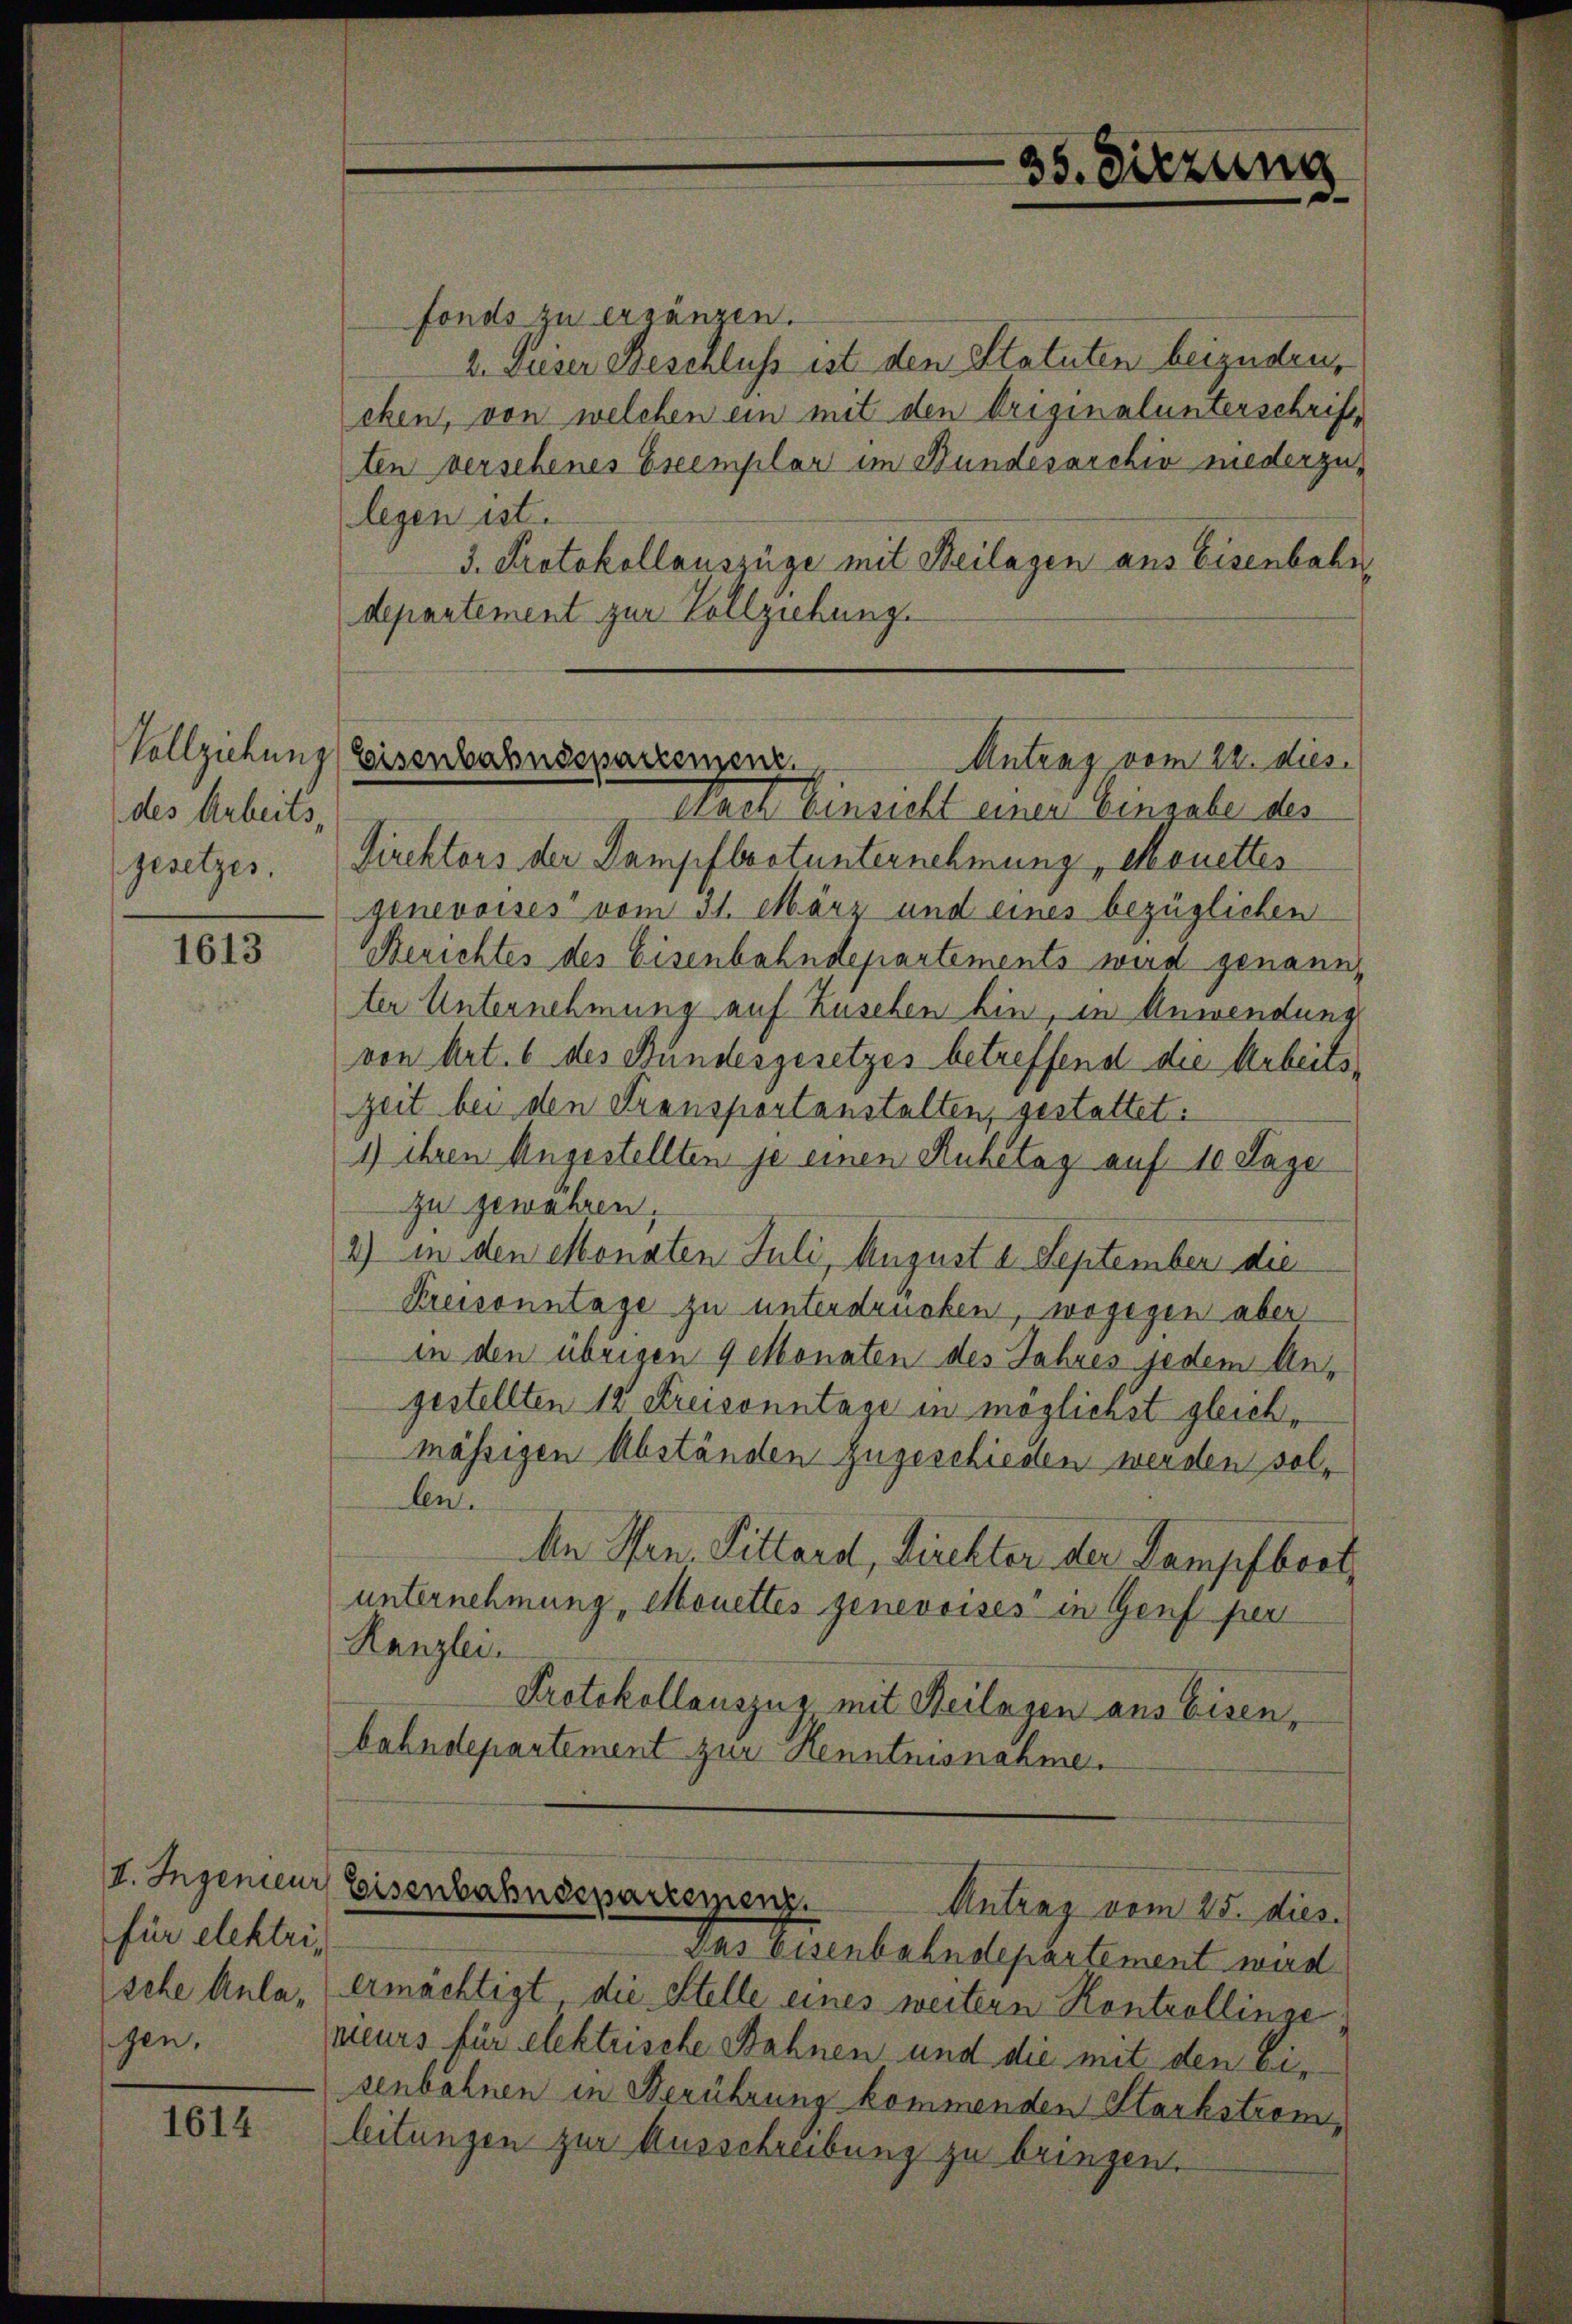
des Arbeits
gesetzes.

1613

für elektrische Anlasen.

1614

Nach Einsicht einer Einsale des
Direktors der Dampfbootunternehmung, Mouettes
genevoises vom 31. März und eines bezüglichen
Berichtes des Eisenbahndepartements wird genannt
ter Unternehmung auf Zusehen hin, in Anwendung
von Art. 6 des Bundesgesetzes betreffend die Arbeits¬
Zeit bei den Transportanstalten, gestattet.
1) ihren Angestellten je einen Ruhetag auf 10 Lage
zu gewähren.
2) in den Monaten Juli, August u. September die
Kreisonntage zu unterdrucken, wogegen aber
in den übrigen 9 Monaten des Jahres jedem Angestellten 12 Kreisonntage in möglichst gleichmässigen Abständen zugeschieden werden solbe.
An Hrn. Pittard, Direkter der Kampfboot
unternehmung, Mouettes genevoises in Genf per
Kanzlei.
Protokollauszug mit Heilagen aus Eisen,
bahndepartement zur Kenntnisnahme.

fonds zu ergänzen.
2. Dieser Beschluss ist den Statuten beizudeuchen, von welchen ein mit den Originalunterschrift
ten versehenes Exemplar im Bundesarchiv niederzulegen ist.
3. Protokollauszüge mit Beilagen aus Eisenbahn
departement zur Vollziehung.

35. Sitzung
d

Vollziehung (beisenbahnssparrenzenz
Antrag vom 22. dies

Das Eisenbahndepartement wird
ermächtigt, die Stelle eines weitern Kontrollinge
eurs für elektrische Bahnen und die mit den eisenbahnen in Berührung kommenden Harkstromleitungen zur Ausschreibung zu bringen.

I. Ingenieur Eisenbahndeparzerenz
Antrag vom 25. dies.